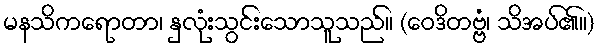
မနသိကရောတာ၊ နှလုံးသွင်းသောသူသည်။ (ဝေဒိတဗ္ဗံ၊ သိအပ်၏။)